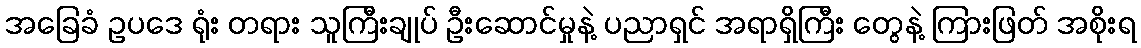
အခြေခံ ဥပဒေ ရုံး တရား သူကြီးချုပ် ဦးဆောင်မှုနဲ့ ပညာရှင် အရာရှိကြီး တွေနဲ့ ကြားဖြတ် အစိုးရ